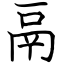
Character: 鬲